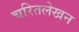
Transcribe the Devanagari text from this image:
चरितलेखन